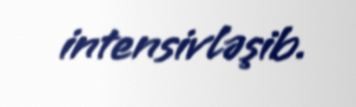
intensivləşib.